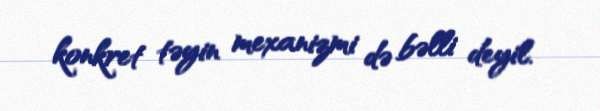
konkret təyin mexanizmi də bəlli deyil.